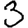
Digit: 3